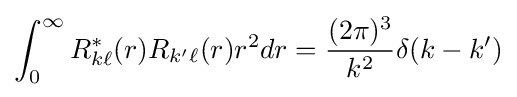
\int _{0}^{\infty }R_{k\ell }^{\ast }(r)R_{k'\ell }(r)r^{2}dr={\frac {(2\pi )^{3}}{k^{2}}}\delta (k-k')